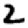
Digit: 2